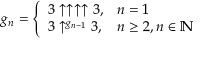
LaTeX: g _ { n } = \left\{ { \begin{array} { l l } { 3 \uparrow \uparrow \uparrow \uparrow 3 , } & { n = 1 } \\ { 3 \uparrow ^ { g _ { n - 1 } } 3 , } & { n \geq 2 , n \in \mathbb { N } } \end{array} } \right.